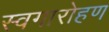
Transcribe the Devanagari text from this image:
स्वगारोहण